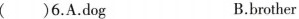
()6.A.dog B.brother